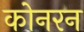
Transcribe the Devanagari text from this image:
कोनरन